Annual report of the Civil Veterinary Department, Bengal, and of the Bengal Veterinary College for the year 1906-1907 - 1906-1907
Year: 1906
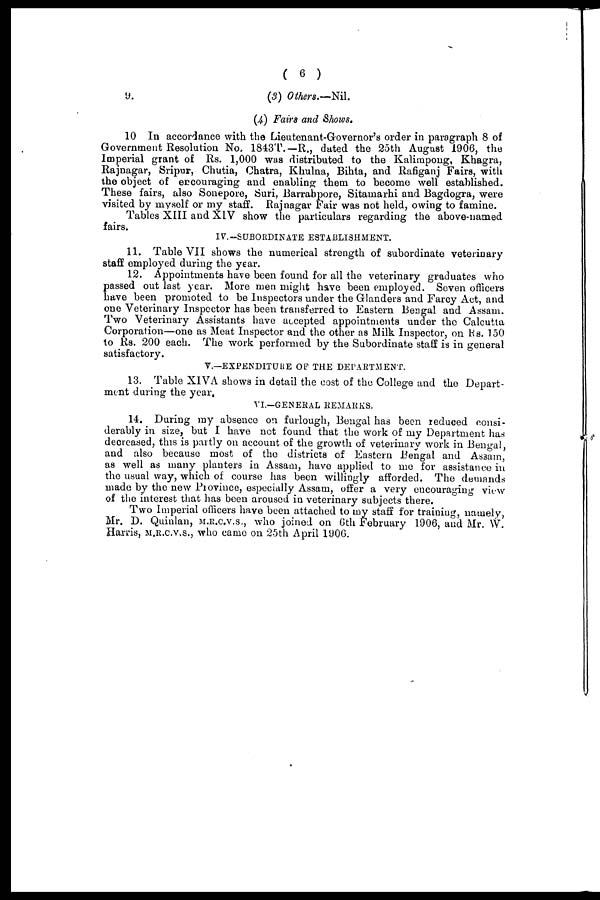
(6)
9.(3) Others.—-Nil.
(4) Fairs and Shows.
10 In accordance with the Lieutenant-Governor's order in paragraph 8 of
Government Resolution No. 1843T.— R., dated the 25th August 1906, the
Imperial grant of Rs. 1,000 was distributed to the Kalimpong, Khagra,
Rajnagar, Sripur, Chutia, Chatra, Khulna, Bihta, and Rafiganj Fairs, with
the object of encouraging and enabling them to become well established.
These fairs, also Sonepore, Suri, Barrabpore, Sitamarhi and Bagdogra, were
visited by myself or my staff. Rajnagar Fair was not held, owing to famine.
Tables XIII and XIV show the particulars regarding the above-named
fairs
IV.-SUBORDINATE ESTABLISHMENT.
11. Table VII shows the numerical strength of subordinate veterinary
staff employed during the year.
12. Appointments have been found for all the veterinary graduates who
passed out last year. More men might have been employed. Seven officers
have been promoted to be Inspectors under the Glanders and Farcy Act, and
one Veterinary Inspector has been transferred to Eastern Bengal and Assam.
Two Veterinary Assistants have accepted appointments under the Calcutta
Corporation—one as Meat Inspector and the other as Milk Inspector, on Rs. 150
to Rs. 200 each. The work performed by the Subordinate staff is in general
satisfactory.
V.—EXPENDITURE OF THE DEPARTMENT.
13. Table XIVA shows in detail the cost of the College and the Depart-
ment during the year,
VI.-GENERAL REMARKS.
14. During my absence on furlough, Bengal has been reduced consi-
derably in size, but I have not found that the work of my Department has
decreased, this is partly on account of the growth of veterinary work in Bengal,
and also because most of the districts of Eastern Bengal and Assam,
as well as many planters in Assam, have applied to me for assistance in
the usual way, which of course has been willingly afforded. The demands
made by the new Province, especially Assam, offer a very encouraging view
of the interest that has been aroused in veterinary subjects there.
Two Imperial officers have been attached to my staff for training, namely,
Mr. D. Quinlan, M.R.C.V.S., who joined on 6th February 1906, and Mr. W.
Harris, M.R.C.V.S., who came on 25th April 1906.